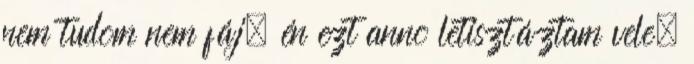
nem tudom nem fáj, én ezt anno letisztáztam vele,